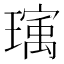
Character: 𬎒